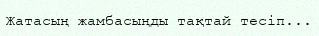
Жатасың жамбасыңды тақтай тесіп...